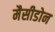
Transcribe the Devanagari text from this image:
मैसीडोन